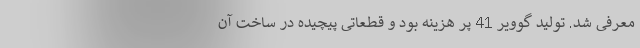
معرفی شد. تولید گوویر 41 پر هزینه بود و قطعاتی پیچیده در ساخت آن